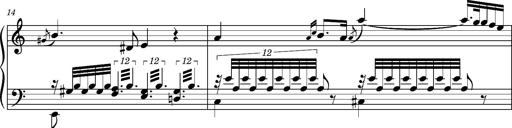
Title: Ungarischer Romanzero
Composer: Franz Liszt